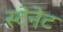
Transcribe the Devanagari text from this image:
स्टेनेट